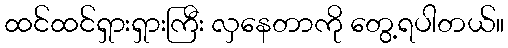
ထင်ထင်ရှားရှားကြီး လှနေတာကို တွေ့ရပါတယ်။